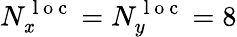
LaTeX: N_{\mathit{x}}^{\mathrm{{~l~o~c~}}}=N_{y}^{\mathrm{{~l~o~c~}}}=8